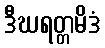
ဒီဃရတ္တမိဒံ